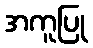
အကူပြု